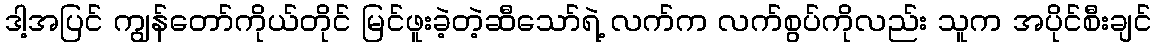
ဒါ့အပြင် ကျွန်တော်ကိုယ်တိုင် မြင်ဖူးခဲ့တဲ့ဆီသော်ရဲ့ လက်က လက်စွပ်ကိုလည်း သူက အပိုင်စီးချင်